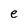
Character: e